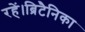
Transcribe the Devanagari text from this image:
रहें।ब्रिटैनिका